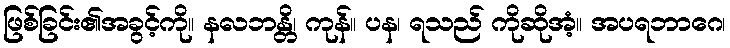
ဖြစ်ခြင်း၏အခွင့်ကို။ နလဘန္တိ၊ ကုန်။ ပန၊ ရသည် ကိုဆိုအံ့။ အပရဘာဂေ၊